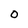
Character: 0